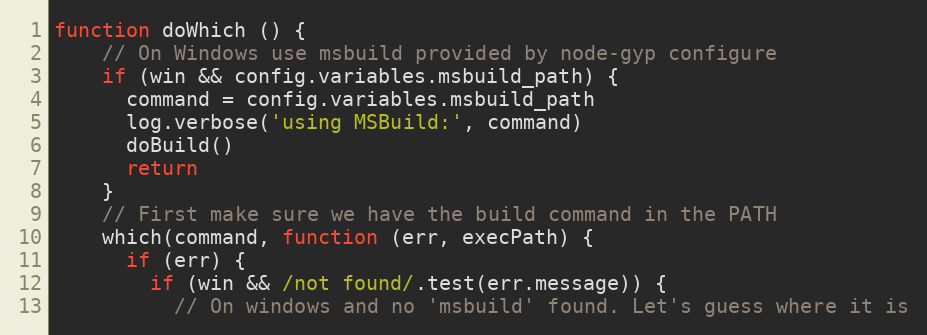
Language: JavaScript
function doWhich () {
    // On Windows use msbuild provided by node-gyp configure
    if (win && config.variables.msbuild_path) {
      command = config.variables.msbuild_path
      log.verbose('using MSBuild:', command)
      doBuild()
      return
    }
    // First make sure we have the build command in the PATH
    which(command, function (err, execPath) {
      if (err) {
        if (win && /not found/.test(err.message)) {
          // On windows and no 'msbuild' found. Let's guess where it is